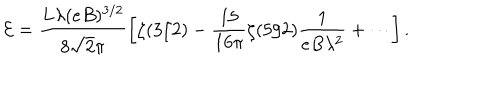
LaTeX: \mathcal { E } = \frac { L \lambda ( e B ) ^ { 3 / 2 } } { 8 \sqrt { 2 } \pi } \left[ \zeta ( 3 / 2 ) - \frac { 1 5 } { 1 6 \pi } \zeta ( 5 / 2 ) \frac { 1 } { e B \lambda ^ { 2 } } + \cdots \right] .